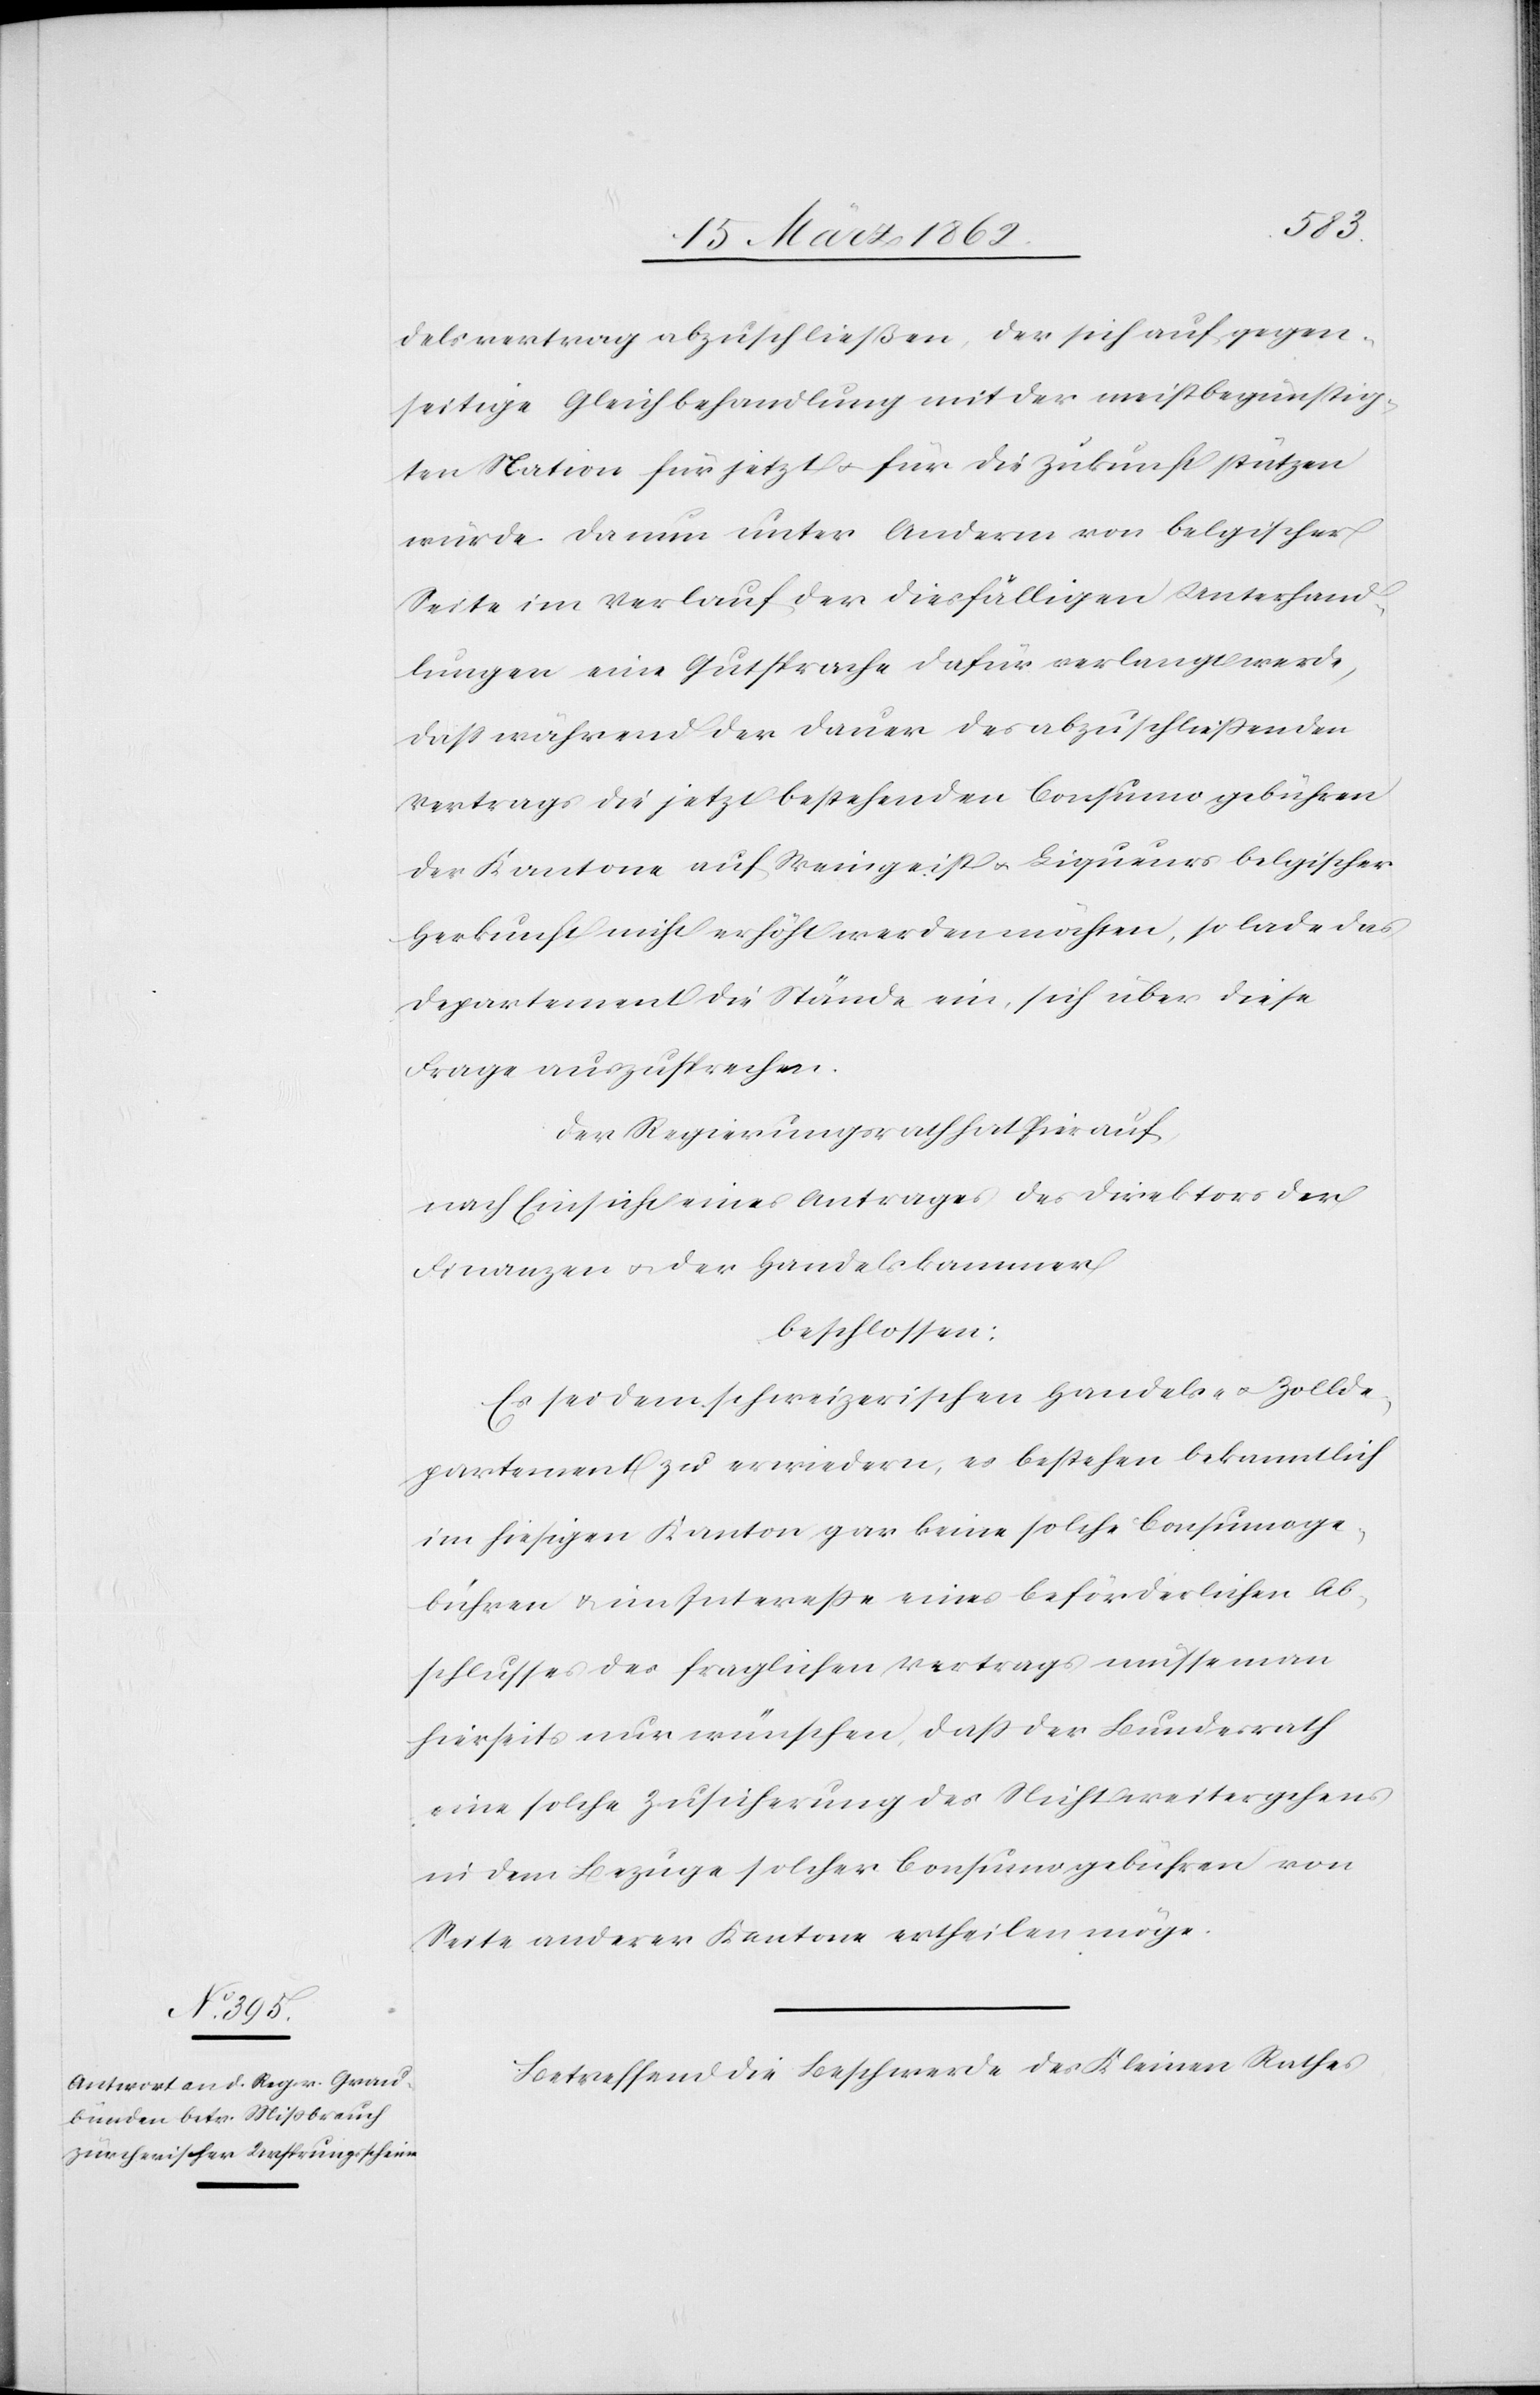
delsvertrag abzuschließen, der sich auf gegen¬
seitige Gleichbehandlung mit der meistbegünstig¬
ten Nation für jetzt u. für die Zukunft stützen
würde. Da nun unter Anderm von belgischer
Seite im Verlauf der diesfälligen Unterhand¬
lungen eine Gutsprache dafür verlangt werde,
daß während der Dauer des abzuschließenden
Vertrags die jetzt bestehenden Consumogebühren
der Kantone auf Weingeist u. Liqueurs belgischer
Herkunft nicht erhöht werden möchten, so lade das
Departement die Stände ein, sich über diese
Frage auszusprechen.
Der Regierungsrath hat hierauf,
nach Einsicht eines Antrages des Direktors der
Finanzen u. der Handelskammer
beschlossen:
Es sei dem schweizerischen Handels- u. Zollde¬
partement zu erwiedern, es bestehen bekanntlich
im hiesigen Kanton gar keine solche Consumoge¬
bühren & im Intereße eines beförderlichen Ab¬
schlusses des fraglichen Vertrags müsse man
hierseits nur wünschen, daß der Bundesrath
eine solche Zusicherung des Nichtweitergehens
in dem Bezuge solcher Consumogebühren von
Seite anderer Kantone ertheilen möge.
Betreffend die Beschwerde des Kleinen Rathes